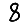
Digit: 8